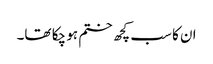
ان کا سب کچھ ختم ہو چکا تھا۔